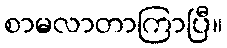
စာမလာတာကြာပြီ။